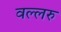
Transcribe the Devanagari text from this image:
वल्लरु